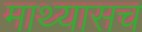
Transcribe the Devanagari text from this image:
माथ्यासच